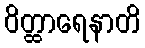
ဝိတ္ထာရေနာတိ